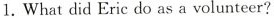
1. What did Eric do as a volunteer?